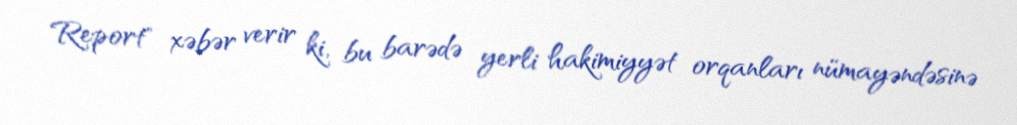
Report" xəbər verir ki, bu barədə yerli hakimiyyət orqanları nümayəndəsinə